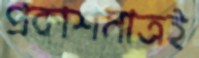
প্রকাশমাত্রই